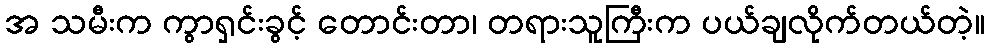
အ သမီးက ကွာရှင်းခွင့် တောင်းတာ၊ တရားသူကြီးက ပယ်ချလိုက်တယ်တဲ့။